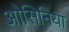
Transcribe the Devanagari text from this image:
ओसिनिया